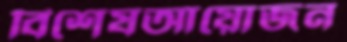
বিশেষআয়োজন